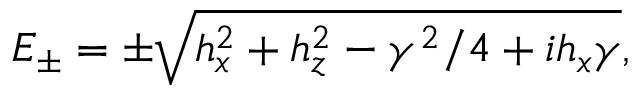
E _ { \pm } = \pm \sqrt { h _ { x } ^ { 2 } + h _ { z } ^ { 2 } - \gamma ^ { 2 } / 4 + i h _ { x } \gamma } ,